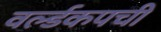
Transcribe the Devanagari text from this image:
वर्ल्डकपची